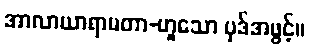
အာလာယာရာမတာ-ဟူသော ပုဒ်အဖွင့်။